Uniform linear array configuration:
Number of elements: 16
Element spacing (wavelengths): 0.25
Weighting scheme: hann
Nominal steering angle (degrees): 0
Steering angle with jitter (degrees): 1.095
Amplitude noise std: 0.05
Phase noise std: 0.05

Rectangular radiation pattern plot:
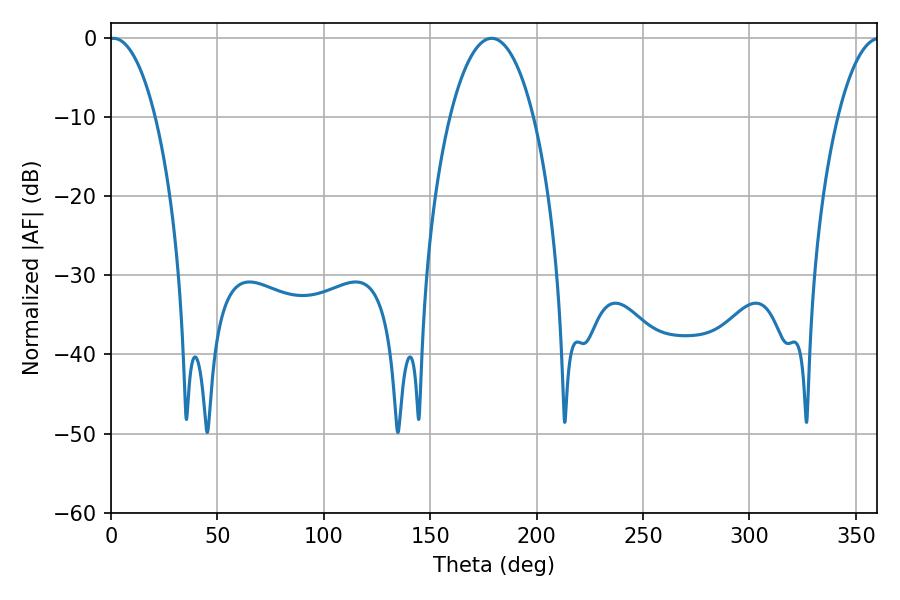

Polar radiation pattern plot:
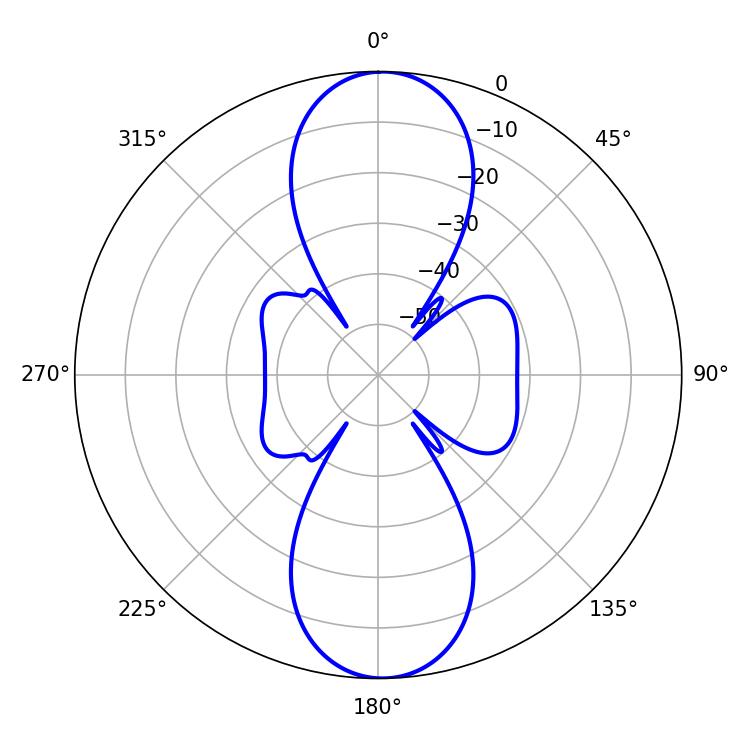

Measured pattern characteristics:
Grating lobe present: FALSE
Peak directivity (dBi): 20.88
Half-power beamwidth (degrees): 12.06
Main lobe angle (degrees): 1.08